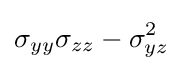
\sigma _{yy}\sigma _{zz}-\sigma _{yz}^{2}